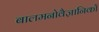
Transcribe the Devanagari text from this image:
बालमनोवैज्ञानिकों